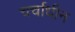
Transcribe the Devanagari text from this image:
चर्चाधीन